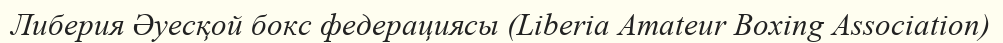
Либерия Әуесқой бокс федерациясы (Liberia Amateur Boxing Association)